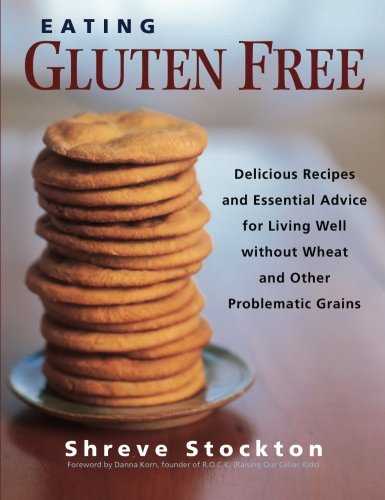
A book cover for Eating Gluten Free: Delicious Recipes and Essential Advice for Living Well Without Wheat and Other Problematic Grains; Shreve Stockton; Health, Fitness & Dieting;